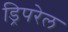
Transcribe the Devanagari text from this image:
ड्रिपरेल